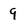
Character: 9